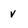
Character: v